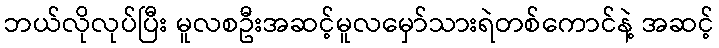
ဘယ်လိုလုပ်ပြီး မူလစဦးအဆင့်မူလမှော်သားရဲတစ်ကောင်နဲ့ အဆင့်